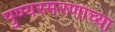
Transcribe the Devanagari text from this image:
पुण्यस्मरणाच्या